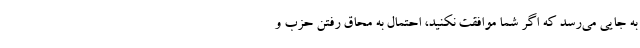
به جایی می‌رسد که اگر شما موافقت نکنید، احتمال به محاق رفتن حزب و